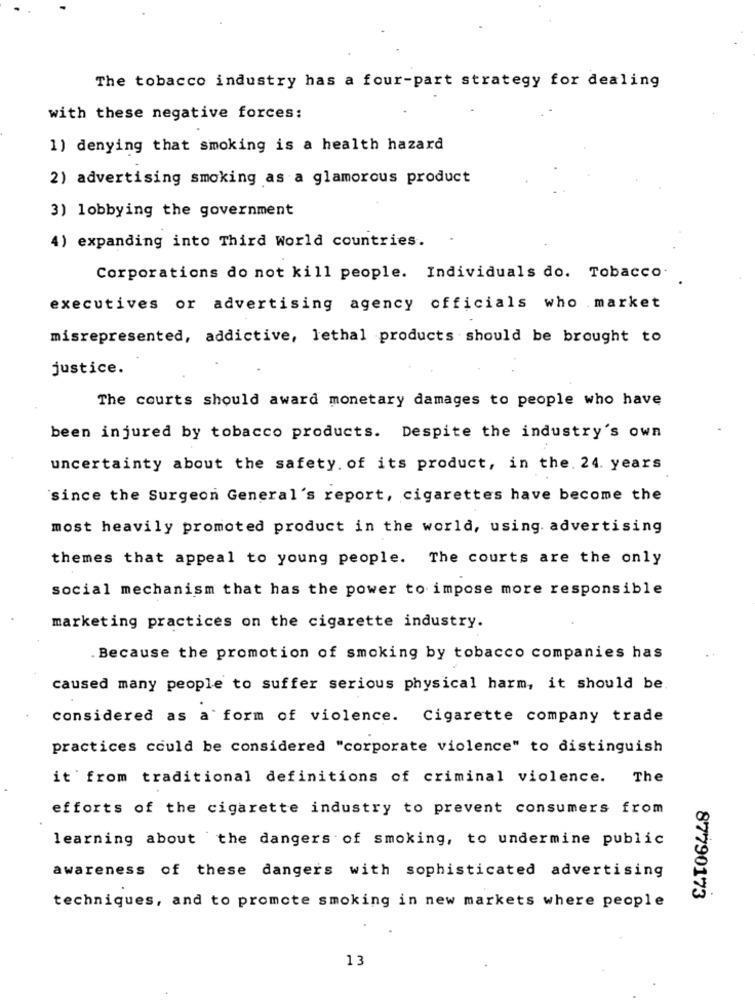
The tobacco industry has a four-part strategy for dealing
with these negative forces:
1) denying that smoking is a health hazard
2) advertising smoking as a glamorous product
3) lobbying the government
4) expanding into Third World countries.
Corporations do not kill people. Individuals do. Tobacco.
executives or advertising agency officials who market
misrepresented, addictive, lethal products should be brought to
justice.
The courts should award monetary damages to people who have
been injured by tobacco products. Despite the industry's own
uncertainty about the safety. of its product, in the. 24. years
since the Surgeon General's report, cigarettes have become the
most heavily promoted product in the world, using. advertising
themes that appeal to young people. The courts are the only
social mechanism that has the power to impose more responsible
marketing practices on the cigarette industry.
. Because the promotion of smoking by tobacco companies has
caused many people to suffer serious physical harm, it should be
considered as a form of violence. Cigarette company trade
practices could be considered "corporate violence" to distinguish
it from traditional definitions of criminal violence. The
efforts of the cigarette industry to prevent consumers from
learning about the dangers of smoking, to undermine public
awareness of these dangers with sophisticated advertising
87790173
techniques, and to promote smoking in new markets where people
13